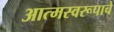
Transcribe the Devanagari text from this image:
आत्मस्वरूपाचे